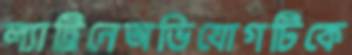
ল্যাট্রিনেঅভিযোগটিকে